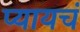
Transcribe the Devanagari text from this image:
प्यायचं